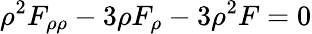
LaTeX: \rho^{2}F_{\rho\rho}-3\rho F_{\rho}-3\rho^{2}F=0